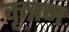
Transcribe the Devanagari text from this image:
कृत्रम